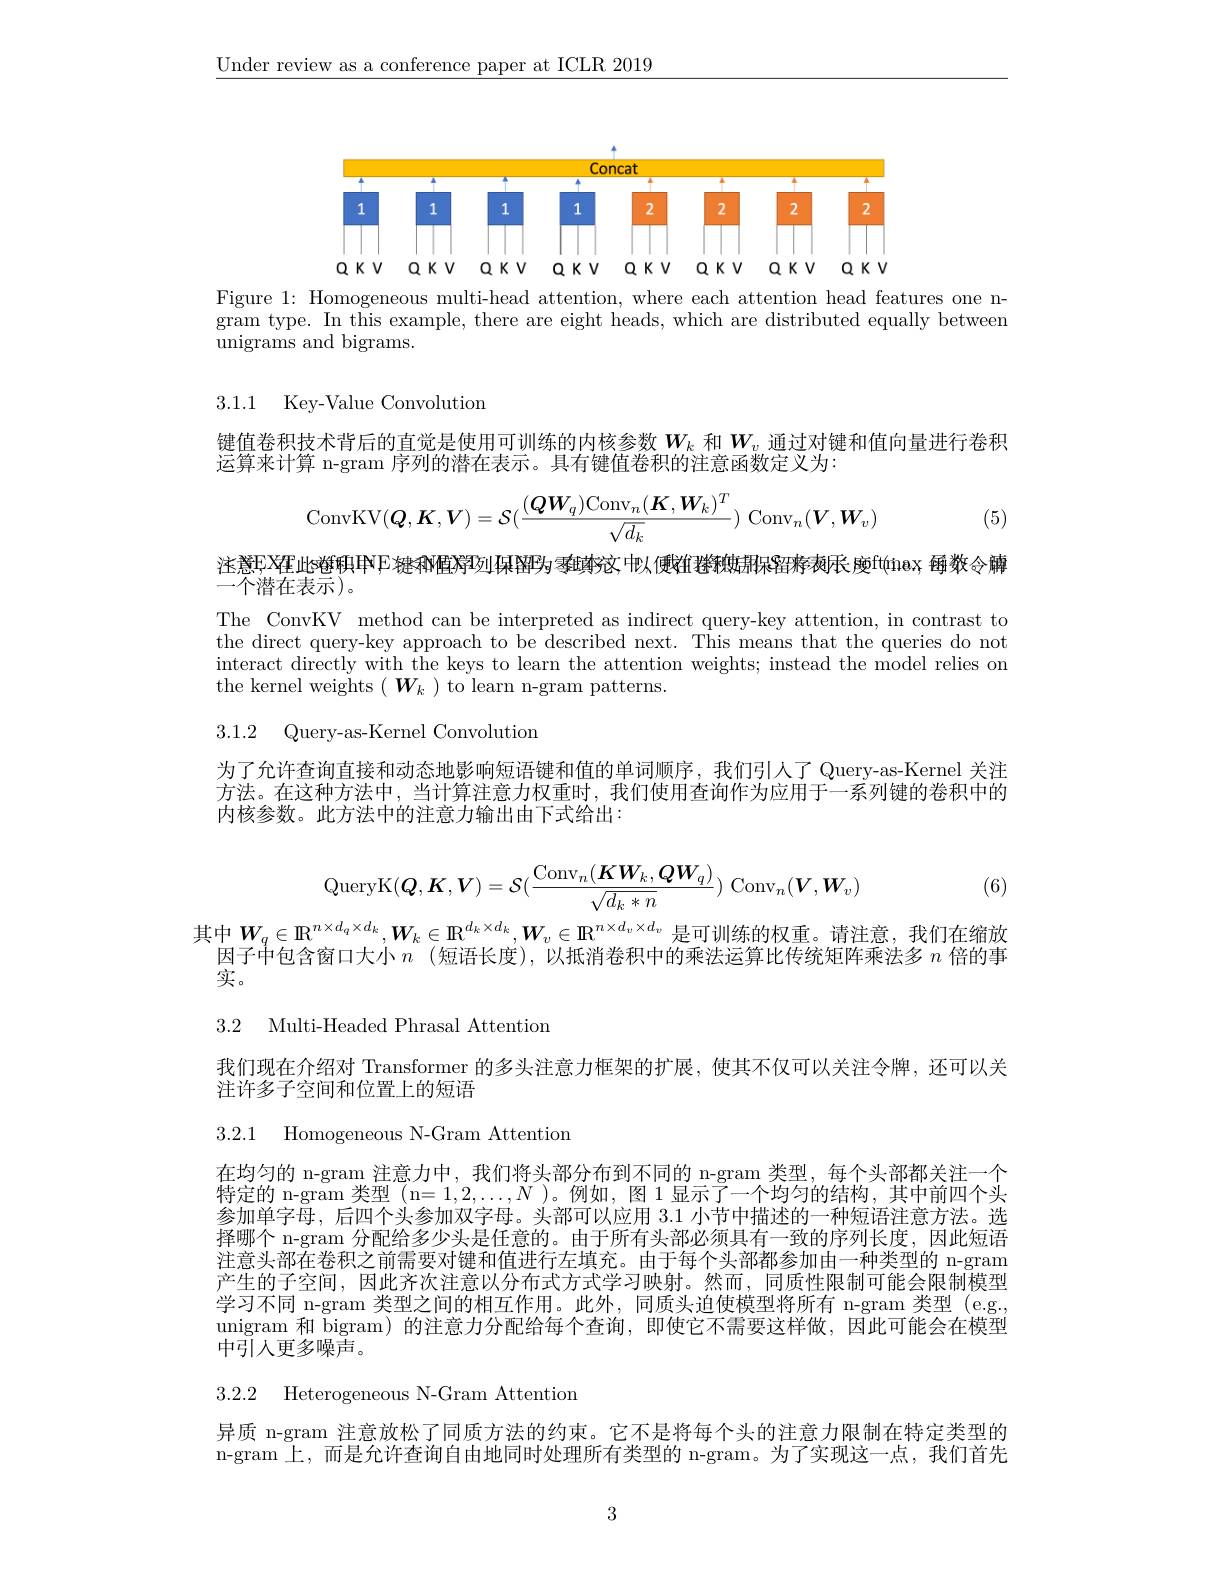
$\underline{\text{Under review as a conference paper at ICLR 2019}}$

<FigureHere>

Figure 1: Homogeneous multi-head attention, where each attention head features one ngram type. In this example, there are eight heads, which are distributed equally between unigrams and bigrams.

3.1.1 Key-Value Convolution

键值卷积技术背后的直觉是使用可训练的内核参数$W_k$和$W_v$通过对键和值向量进行卷积
运算来计算 n-gram 序列的潜在表示。具有键值卷积的注意函数定义为：
$$\operatorname{ConvKV}(\boldsymbol{Q},\boldsymbol{K},\boldsymbol{V})=\mathcal{S}(\frac{(\boldsymbol{Q}\boldsymbol{W}_q)\operatorname{Conv}_n(\boldsymbol{K},\boldsymbol{W}_k)^T}{\sqrt{d_k}})\:\operatorname{Conv}_n(\boldsymbol{V},\boldsymbol{W}_v)$$
(5)

注意F2程此s继积甲P 键和阻涡列$I$保留号零填较，中以便往将蜘围呆留寿表民 庚fthinex，每数令解

一个潜在表示)。

The ConvKV method can be interpreted as indirect query-key attention, in contrast to the direct query-key approach to be described next. This means that the queries do not interact directly with the keys to learn the attention weights; instead the model relies on the kernel weights $(\begin{array}{c}{\boldsymbol{W}_{k}}\end{array})$ to learn n-gram patterns.

3.1.2 Query-as-Kernel Convolution

为了允许查询直接和动态地影响短语键和值的单词顺序，我们引人了 Query-as-Kernel 关注方法。在这种方法中，当计算注意力权重时，我们使用查询作为应用于一系列键的卷积中的内核参数。此方法中的注意力输出由下式给出：

(6)
$$\mathrm{QueryK}(\boldsymbol{Q},\boldsymbol{K},\boldsymbol{V})=\mathcal{S}(\frac{\mathrm{Conv}_n(\boldsymbol{K}\boldsymbol{W}_k,\boldsymbol{Q}\boldsymbol{W}_q)}{\sqrt{d_k*n}})\:\mathrm{Conv}_n(\boldsymbol{V},\boldsymbol{W}_v)$$
其中$W_q\in\mathbb{R}^{n\times d_q\times d_k},W_k\in\mathbb{R}^{d_k\times d_k},W_v\in\mathbb{R}^{n\times d_v\times d_v}$是可训练的权重。请注意，我们在缩放

因子中包含窗口大小$n$ (短语长度),以抵消卷积中的乘法运算比传统矩阵乘法多$n$倍的事
实。

3.2 Multi-Headed Phrasal Attention

我们现在介绍对 Transformer 的多头注意力框架的扩展，使其不仅可以关注令牌，还可以关
注许多子空间和位置上的短语

3.2.1 Homogeneous N-Gram Attention

在均匀的 n-gram 注意力中，我们将头部分布到不同的 n-gram 类型，每个头部都关注一个特定的 n-gram 类型 (n=1,2,...,N )。例如，图 1 显示了一个均匀的结构，其中前四个头参加单字母，后四个头参加双字母。头部可以应用 3.1 小节中描述的一种短语注意方法。选择哪个 n-gram 分配给多少头是任意的。由于所有头部必须具有一致的序列长度，因此短语注意头部在卷积之前需要对键和值进行左填充。由于每个头部都参加由一种类型的 n-gram 产生的子空间，因此齐次注意以分布式方式学习映射。然而，同质性限制可能会限制模型学习不同 n-gram 类型之间的相互作用。此外，同质头迫使模型将所有 n-gram 类型 (e.g., unigram 和 bigram) 的注意力分配给每个查询，即使它不需要这样做，因此可能会在模型中引人更多噪声。

3.2.2 Heterogeneous N-Gram Attention

异质 n-gram 注意放松了同质方法的约束。它不是将每个头的注意力限制在特定类型的n-gram 上，而是允许查询自由地同时处理所有类型的 n-gram。为了实现这一点，我们首先

3